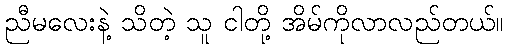
ညီမလေးနဲ့ သိတဲ့ သူ ငါတို့ အိမ်ကိုလာလည်တယ်။